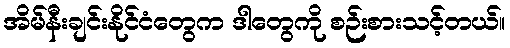
အိမ်နီးချင်းနိုင်ငံတွေက ဒါတွေကို စဉ်းစားသင့်တယ်။